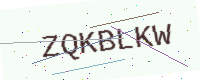
Text: ZQKBLKW